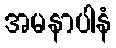
အမနာပါနံ